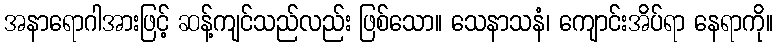
အနာရောဂါအားဖြင့် ဆန့်ကျင်သည်လည်း ဖြစ်သော။ သေနာသနံ၊ ကျောင်းအိပ်ရာ နေရာကို။